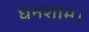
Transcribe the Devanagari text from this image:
घनशाम।